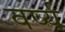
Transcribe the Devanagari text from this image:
वर्ष्य